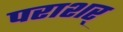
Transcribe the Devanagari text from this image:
पराशर्